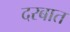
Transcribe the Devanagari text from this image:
दरबात